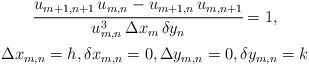
\begin{align*}\begin{gathered}\cfrac{u_{m+1,n+1}\,u_{m,n}-u_{m+1,n}\,u_{m,n+1}}{u_{m,n}^3\, \Delta x_m\, \delta y_n}=1,\\\Delta x_{m,n}=h, \delta x_{m,n}=0,\Delta y_{m,n}=0,\delta y_{m,n}=k\end{gathered}\end{align*}